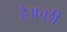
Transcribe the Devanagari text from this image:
हैअच्छी